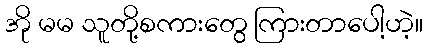
အို မမ သူတို့စကားတွေ ကြားတာပေါ့ဟဲ့။